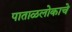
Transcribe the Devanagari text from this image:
पाताळलोकाचे